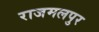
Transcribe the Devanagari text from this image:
राजमलपुर